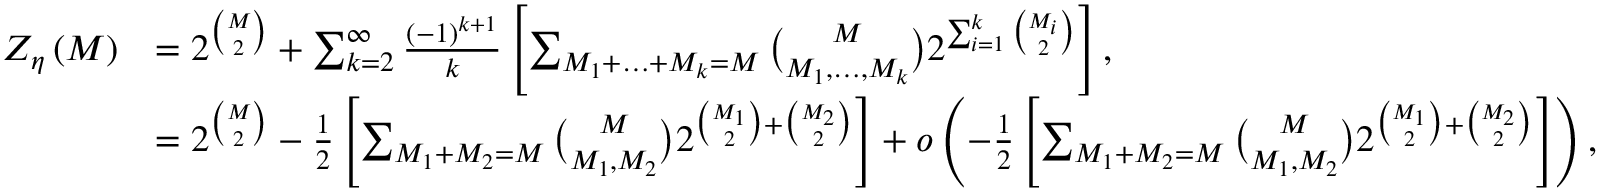
\begin{array} { r l } { Z _ { \eta } \left( M \right) } & { = 2 ^ { \binom { M } { 2 } } + \sum _ { k = 2 } ^ { \infty } \frac { \left( - 1 \right) ^ { k + 1 } } { k } \left[ \sum _ { M _ { 1 } + \ldots + M _ { k } = M } \binom { M } { M _ { 1 } , \ldots , M _ { k } } 2 ^ { \sum _ { i = 1 } ^ { k } \binom { M _ { i } } { 2 } } \right] , } \\ & { = 2 ^ { \binom { M } { 2 } } - \frac { 1 } { 2 } \left[ \sum _ { M _ { 1 } + M _ { 2 } = M } \binom { M } { M _ { 1 } , M _ { 2 } } 2 ^ { \binom { M _ { 1 } } { 2 } + \binom { M _ { 2 } } { 2 } } \right] + o \left( - \frac { 1 } { 2 } \left[ \sum _ { M _ { 1 } + M _ { 2 } = M } \binom { M } { M _ { 1 } , M _ { 2 } } 2 ^ { \binom { M _ { 1 } } { 2 } + \binom { M _ { 2 } } { 2 } } \right] \right) , } \end{array}